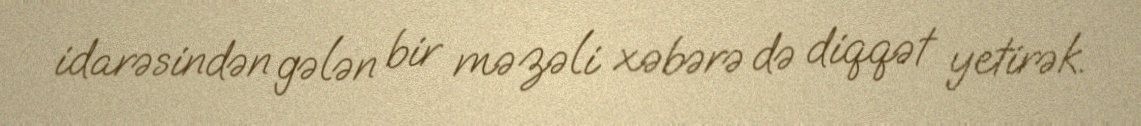
idarəsindən gələn bir məzəli xəbərə də diqqət yetirək.